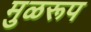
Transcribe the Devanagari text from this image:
मुळरूप